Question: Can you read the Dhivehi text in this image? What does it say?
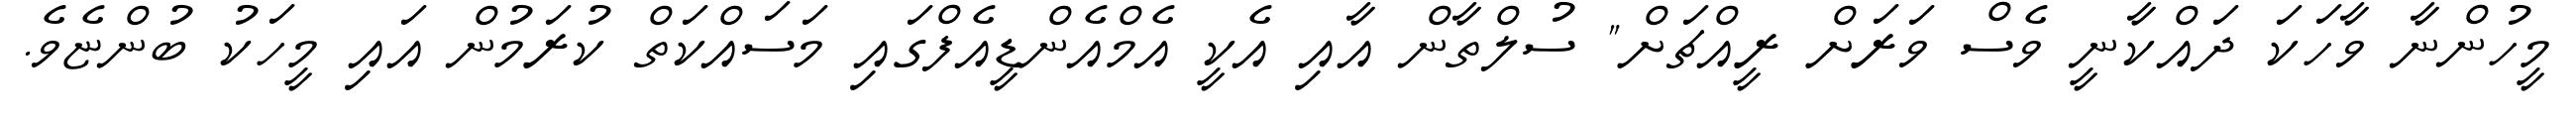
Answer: މީހުންނާ ވާހަކަ ދައްކާނީ ވެސް ވަރަށް ރީއްޗަށް" ސުލްތާން އާއި އެކީ އެމްއެންޑީއެފްގައި މަސައްކަތް ކުރަމުން އައި މީހަކު ބުންޏެވެ.